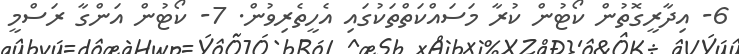
6- އިދާރީގޮތުން ކޯޓުން ކުރާ މަސައްކަތްތަކުގައި އެހީތެރިވުން. 7- ކޯޓުން އަންގާ ރަސްމީ